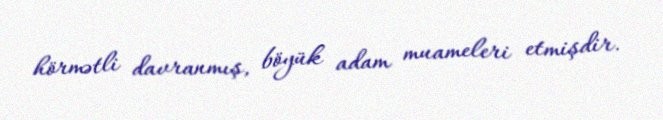
hörmətli davranmış, böyük adam muameleri etmişdir.